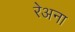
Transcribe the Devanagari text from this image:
रेअना